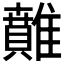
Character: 𩀴